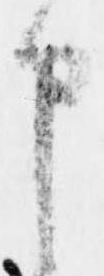
申